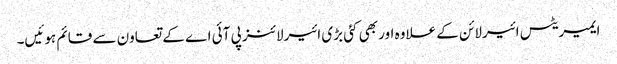
ایمیریٹس ائیرلائن کے علاوہ اور بھی کئی بڑی ائیرلائنز پی آئی اے کے تعاون سے قائم ہوئیں۔